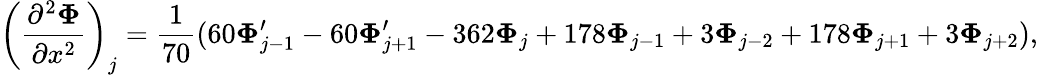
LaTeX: \left(\frac{\partial^{2}\mathbf{\Phi}}{\partial x^{2}}\right)_{j}=\frac{1}{70}(60\mathbf{\Phi}_{j-1}^{\prime}-60\mathbf{\Phi}_{j+1}^{\prime}-362\mathbf{\Phi}_{j}+178\mathbf{\Phi}_{j-1}+3\mathbf{\Phi}_{j-2}+178\mathbf{\Phi}_{j+1}+3\mathbf{\Phi}_{j+2}),